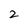
Character: 2